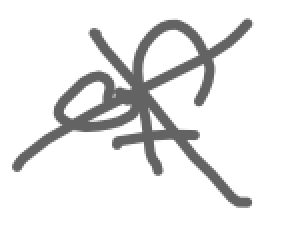
Text: of
Cross-out: cross
Writing tool: digital_gray